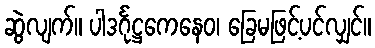
ဆွဲလျက်။ ပါဒင်္ဂုဋ္ဌကေနေဝ၊ ခြေမဖြင့်ပင်လျှင်။